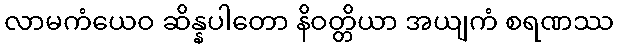
လာမကံယေဝ ဆိန္နပါတော နိဝတ္တိယာ အယျကံ စရဏဿ